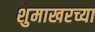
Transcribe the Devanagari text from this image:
शुमाखरच्या